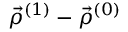
\vec { \rho } ^ { ( 1 ) } - \vec { \rho } ^ { ( 0 ) }